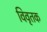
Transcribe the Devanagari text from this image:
विवृतक